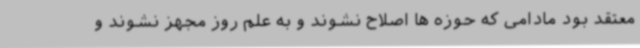
معتقد بود مادامی که حوزه ها اصلاح نشوند و به علم روز مجهز نشوند و